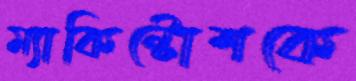
ম্যাকিন্টোশকে